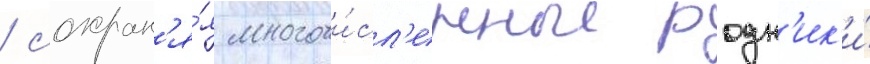
/ сохран'я́я многочи́сл'енные родн'ик'и́